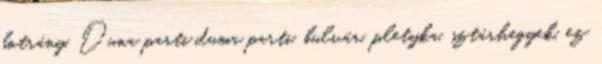
botrány, Duna parti duma parti, bulvár, pletyka, sztárhegyek, ez